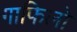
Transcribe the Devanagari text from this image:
गाफिलो